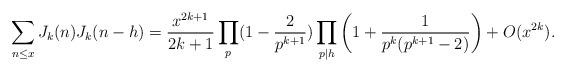
LaTeX: \begin{align*} \sum_{n\le x}J_k(n)J_k(n-h)=\frac{x^{2k+1}}{2k+1}\prod_p(1-\frac{2}{p^{k+1}})\prod_{p\mid h}\left(1+\frac{1}{p^k(p^{k+1}-2)}\right)+O(x^{2k}).\end{align*}